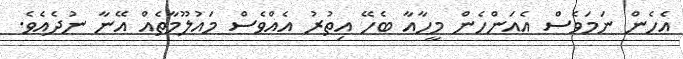
އެހެން ނަމަވެސް އެއަންހެން މީހާއާ ބެހޭ އިތުރު އެއްވެސް މައުލޫމާތެއް އޭނާ ނުދެއެވެ.